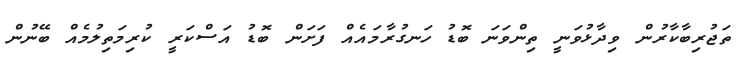
ތަޖުރިބާކާރުން ވިދާޅުވަނީ ތިންވަނަ ބޮޑު ހަނގުރާމައެއް ފަށަން ބޮޑު އަސްކަރީ ކުރިމަތިލުމެއް ބޭނުން